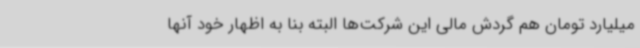
میلیارد تومان هم گردش مالی این شرکت‌ها البته بنا به اظهار خود آنها